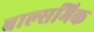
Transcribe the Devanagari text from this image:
बाल्समिक